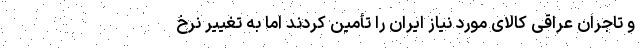
و تاجران عراقی کالای مورد نیاز ایران را تأمین کردند اما به تغییر نرخ